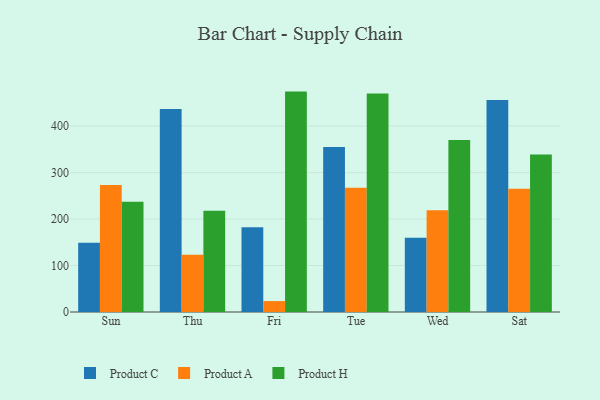
{"axis": {"x": "Day", "y": "Tickets Resolved"}, "legend": ["Product A", "Product C", "Product H"], "data": [{"x": "Sun", "y": 149.0, "type": "Product C"}, {"x": "Sun", "y": 273.0, "type": "Product A"}, {"x": "Sun", "y": 237.2, "type": "Product H"}, {"x": "Thu", "y": 437.0, "type": "Product C"}, {"x": "Thu", "y": 123.0, "type": "Product A"}, {"x": "Thu", "y": 218.1, "type": "Product H"}, {"x": "Fri", "y": 182.6, "type": "Product C"}, {"x": "Fri", "y": 23.5, "type": "Product A"}, {"x": "Fri", "y": 474.2, "type": "Product H"}, {"x": "Tue", "y": 355.0, "type": "Product C"}, {"x": "Tue", "y": 267.5, "type": "Product A"}, {"x": "Tue", "y": 470.1, "type": "Product H"}, {"x": "Wed", "y": 159.8, "type": "Product C"}, {"x": "Wed", "y": 218.7, "type": "Product A"}, {"x": "Wed", "y": 369.8, "type": "Product H"}, {"x": "Sat", "y": 456.0, "type": "Product C"}, {"x": "Sat", "y": 265.3, "type": "Product A"}, {"x": "Sat", "y": 338.9, "type": "Product H"}]}